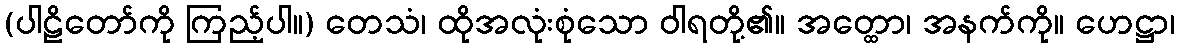
(ပါဠိတော်ကို ကြည့်ပါ။) တေသံ၊ ထိုအလုံးစုံသော ဝါရတို့၏။ အတ္ထော၊ အနက်ကို။ ဟေဋ္ဌာ၊